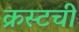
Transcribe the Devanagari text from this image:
क्रस्टची